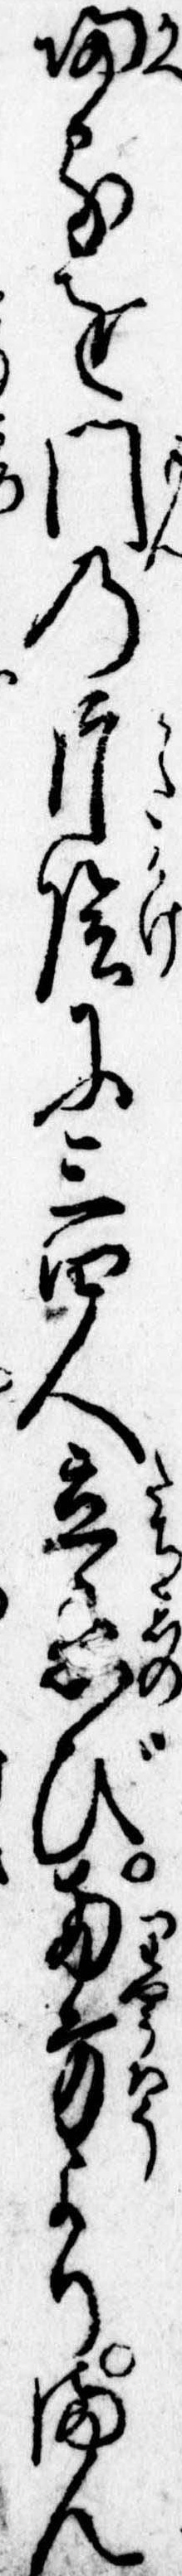
帰るを門の片陰に三四人立忍び両方よりまん